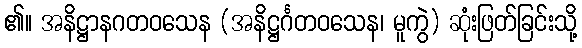
၏။ အနိဋ္ဌာနဂတဝသေန (အနိဋ္ဌင်္ဂတဝသေန၊ မူကွဲ) ဆုံးဖြတ်ခြင်းသို့